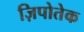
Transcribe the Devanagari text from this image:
ज़िपोतेक